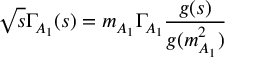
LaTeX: \sqrt s \Gamma _ { A _ { 1 } } ( s ) = m _ { A _ { 1 } } \Gamma _ { A _ { 1 } } { \frac { g ( s ) } { g ( m _ { A _ { 1 } } ^ { 2 } ) } }